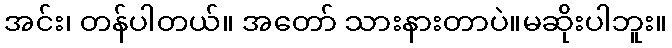
အင်း၊ တန်ပါတယ်။ အတော် သားနားတာပဲ။မဆိုးပါဘူး။